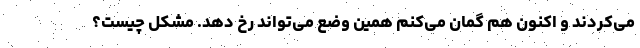
می‌کردند و اکنون هم گمان می‌کنم همین وضع می‌تواند رخ دهد. مشکل چیست؟